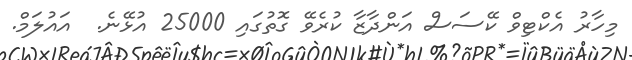
މިހާރު އެކްޓިވް ކޭސަސް އަންދާޒާ ކުރެވޭ ގޮތުގައި 25000 އުޅޭނެ.  އައުލަމް.